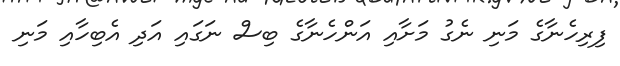
ފިރިހެނާގެ މަނި ނެގު މަށާއި އަންހެނާގެ ބިސް ނަގައި އަދި އެބިހާއި މަނި